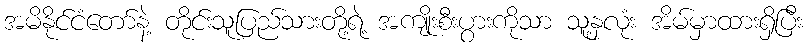
အမိနိုင်ငံတော်နဲ့ တိုင်းသူပြည်သားတို့ရဲ့ အကျိုးစီးပွားကိုသာ သူ့နှလုံး အိမ်မှာထားရှိပြီး